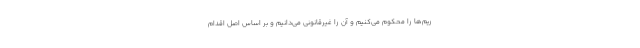
ریم‌ها را محکوم می‌کنیم و آن را غیرقانونی می‌دانیم و بر اساس اصل اقدام